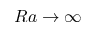
R a \to \infty